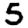
Digit: 5